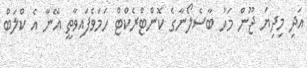
އަދި މިދިޔަ ޖޫން މަހު ބާސެލޯނާގެ ކޮންޓްރެކްޓް ހަމަވެފައިވާތީ އޭނާ އެ ކްލަބް